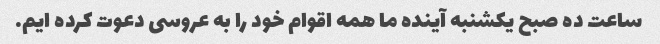
ساعت ده صبح یکشنبه آینده ما همه اقوام خود را به عروسی دعوت کرده ایم.